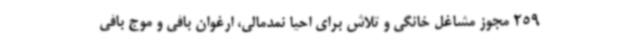
259 مجوز مشاغل خانگی و تلاش برای احیا نمدمالی، ارغوان بافی و موج بافی